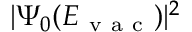
| \Psi _ { 0 } ( E _ { \mathrm { ~ v ~ a ~ c ~ } } ) | ^ { 2 }